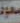
سعود